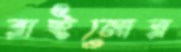
রাইনোর